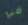
في